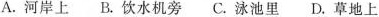
A.河岸上B.饮水机旁C.泳池里D.草地上